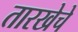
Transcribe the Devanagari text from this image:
तारखेचे